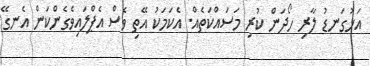
އަޅުގަނޑު ލާރި ހޯދަން ކުރި މަސައްކަތެއް. އެކަމަކު އޭތި ވެސް އެޕްލައިވެގެންކަން އެނގޭ